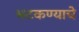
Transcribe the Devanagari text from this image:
भटकण्याचे